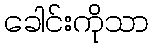
ခေါင်းကိုသာ